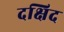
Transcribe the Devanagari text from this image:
दक्षिद